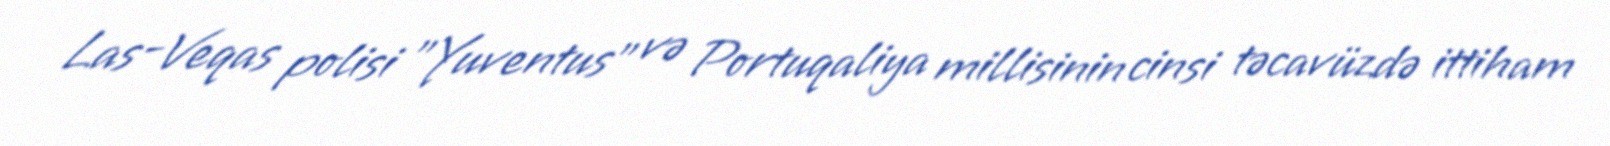
Las-Veqas polisi "Yuventus" və Portuqaliya millisinin cinsi təcavüzdə ittiham